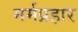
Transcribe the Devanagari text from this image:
मर्मप्रहार